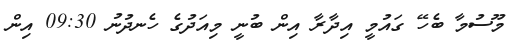
މޫސުމާ ބެހޭ ގައުމީ އިދާރާ އިން ބުނީ މިއަދުގެ ހެނދުނު 09:30 އިން